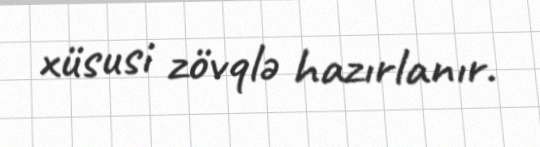
xüsusi zövqlə hazırlanır.